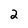
Character: 2